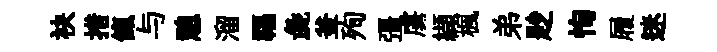
袂措餼与憩溜福彘釜殉彊虜纈楓弟尟恂履迷